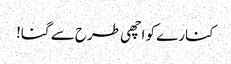
کنارے کو اچھی طرح سے گنا!